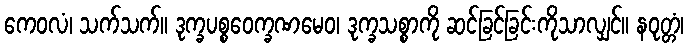
ကေဝလံ၊ သက်သက်။ ဒုက္ခပစ္စဝေက္ခဏမေဝ၊ ဒုက္ခသစ္စာကို ဆင်ခြင်ခြင်းကိုသာလျှင်။ နဝုတ္တံ၊